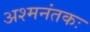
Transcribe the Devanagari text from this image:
अश्‍मनंतकः